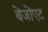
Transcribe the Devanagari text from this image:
बेंजोंएट